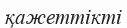
қажеттікті